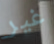
غير